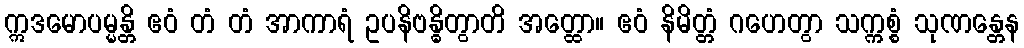
ဣဒမောပမ္မန္တိ ဧဝံ တံ တံ အာကာရံ ဥပနိဗန္ဓိတွာတိ အတ္ထော။ ဧဝံ နိမိတ္တံ ဂဟေတွာ သက္ကစ္စံ သုဏန္တေန